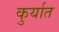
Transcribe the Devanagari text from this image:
कुर्यात